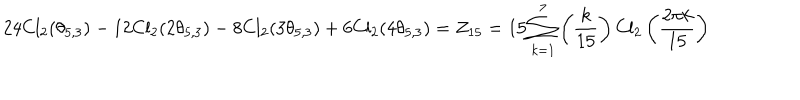
2 4 \mathrm { C l } _ { 2 } ( \theta _ { 5 , 3 } ) - 1 2 \mathrm { C l } _ { 2 } ( 2 \theta _ { 5 , 3 } ) - 8 \mathrm { C l } _ { 2 } ( 3 \theta _ { 5 , 3 } ) + 6 \mathrm { C l } _ { 2 } ( 4 \theta _ { 5 , 3 } ) = Z _ { 1 5 } = 1 5 \sum _ { k = 1 } ^ { 7 } \left( \frac { k } { 1 5 } \right) \mathrm { C l } _ { 2 } \left( \frac { 2 \pi k } { 1 5 } \right)